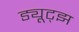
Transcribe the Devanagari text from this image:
ड्यूट्झ